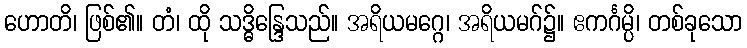
ဟောတိ၊ ဖြစ်၏။ တံ၊ ထို သဒ္ဓိန္ဒြေသည်။ အရိယမဂ္ဂေ၊ အရိယမဂ်၌။ ဧကင်္ဂမ္ပိ၊ တစ်ခုသော